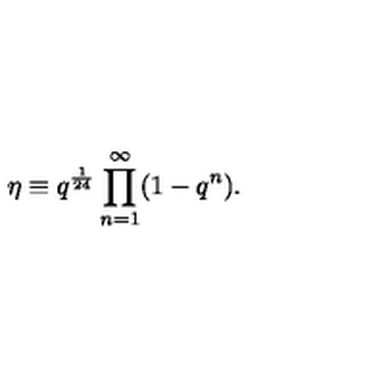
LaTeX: \eta \equiv q ^ { \frac 1 { 2 4 } } \prod _ { n = 1 } ^ { \infty } ( 1 - q ^ { n } ) .